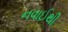
નવાઈથી